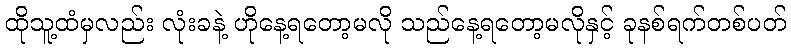
ထိုသူ့ထံမှလည်း လုံးခနဲ့ ဟိုနေ့ရတော့မလို သည်နေ့ရတော့မလိုနှင့် ခုနစ်ရက်တစ်ပတ်